Indian journal of veterinary science and animal husbandry - Volume 12,
Year: 1942
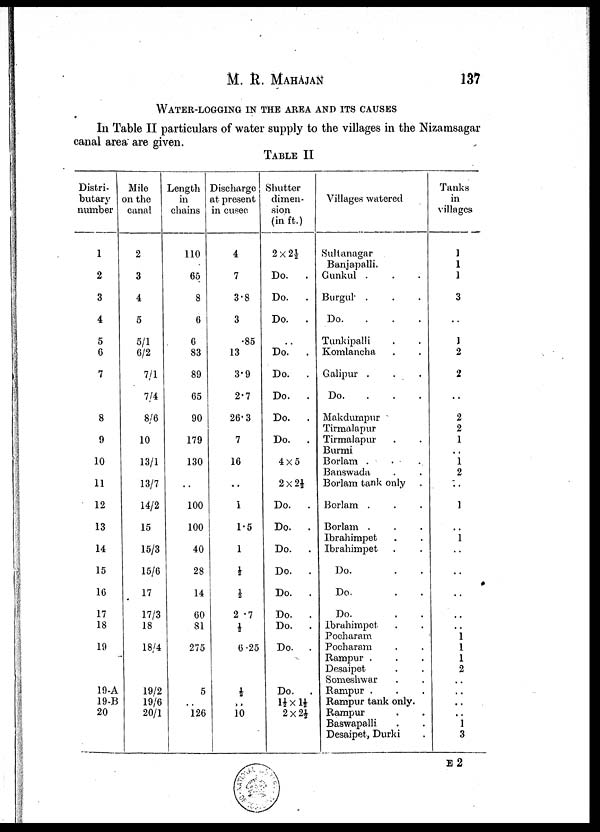
M. R. MAHAJAN 137
WATER-LOGGING IN THE AREA AND ITS CAUSES
In Table II particulars of water supply to the villages in the Nizamsagar
canal area are given.
TABLE II
Distri-
butary
number
1
2
3
4
5
6
7
8
9
10
11
12
13
14
15
16
17
18
19
19-A
19-B
20
Mile
on the
canal
2
3
4
5
5/1
6/2
7/1
7/4
8/6
10
13/1
13/7
14/2
15
15/3
15/6
17
17/3
18
18/4
19/2
19/6
20/1
Length
in
chains
110
65
8
6
6
83
89
65
90
179
130
..
100
100
40
28
14
60
81
275
5
..
126
Discharge
at present
in cusee
4
7
3.8
3
85
13
3.9
2.7
26.3
7
16
..
1
1.5
1
½
½
2 .7
½
6.25
½
„
10
Shutter
dimen-
sion
(in ft.)
2 × 2½
Do.
.
Do.
.
Do.
.
..
Do.
.
Do.
.
Do.
.
Do.
Do.
.
4×5
2×2½
Do.
Do. .
Do.
.
Do.
.
Do.
.
Do.
.
Do.
.
Do.
.
Do.
.
1½×1½
2×2½
Villages watered
Sultanagar
Banjapalli.
Gunkul . . .
Burgul . . .
Do. . . .
Tunkipalli . .
Komlancha . .
Galipur . . .
Do. . . .
Makdumpur
Tirmalapur
Tirmalapur . .
Burmi
Borlam . . .
Banswada . .
Borlam tank only .
Borlam . . .
Borlam . . .
Ibrahimpet . .
Ibrahimpet . .
Do. . .
Do. . .
Do. . .
Ibrahimpet . .
Pocharam
Pocharam . .
Rampur . . .
Desaipet . .
Someshwar . .
Rampur . . .
Rampur tank only.
Rampur . .
Baswapalli . .
Desaipet, Durki .
Tanks
in
villages
1
1
1
3
..
1
2
2
..
2
2
1
..
1
2
..
1
..
1
..
..
..
..
..
1 1
1
2
..
..
..
..
1
3
E 2